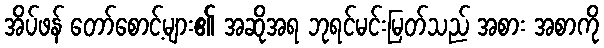
အိပ်ဖန် တော်စောင့်များ၏ အဆိုအရ ဘုရင်မင်းမြတ်သည် အစား အစာကို